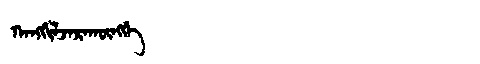
Manchu: ᡴᠠᠩᡤᡳᠯᠵᠠᡵᠠᡴᡡᠩᡤᡝ
Romanization: KANGGILJARAKŪNGGE